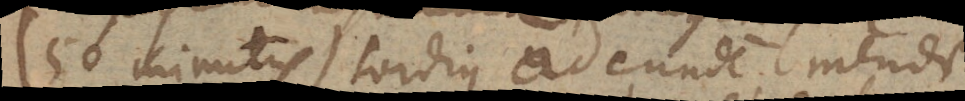
(50 minutis) tardius ad eundem meridi